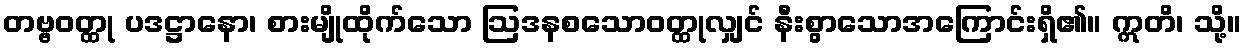
တဗ္ဗဝတ္ထု ပဒဋ္ဌာနော၊ စားမျိုထိုက်သော ဩဒနစသောဝတ္ထုလျှင် နီးစွာသောအကြောင်းရှိ၏။ ဣတိ၊ သို့။